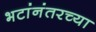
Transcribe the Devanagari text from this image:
भटांनंतरच्या